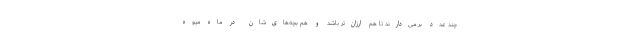
چند عدد بر می‌دارند تا هم ارزان‌تر باشد و هم بچه‌های‌شان در ماه میوه